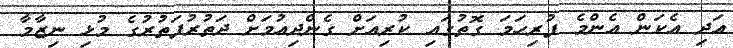
އަދި އެކަން އެންމެ ފުރިހަމަ ގޮތުގައި ކުރިއަށް ގެންދިއުމަށް ދަތުރުފަތުރުގެ މުޅި ނިޒާމާ